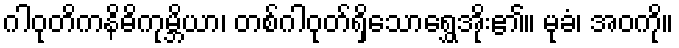
ဂါဝုတိကနိဓိကုမ္ဘိယာ၊ တစ်ဂါဝုတ်ရှိသောရွှေအိုး၏။ မုခံ၊ အဝကို။